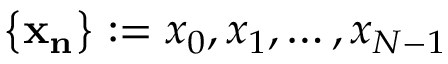
\left\{ \mathbf { x _ { n } } \right\} : = x _ { 0 } , x _ { 1 } , \ldots , x _ { N - 1 }